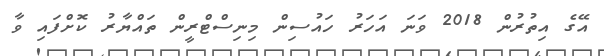
އޭގެ އިތުރުން 2018 ވަނަ އަހަރު ހައުސިން މިނިސްޓްރީން ތައްޔާރު ކޮށްފައި ވާ